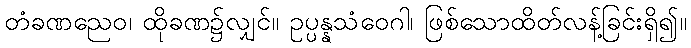
တံခဏညေဝ၊ ထိုခဏ၌လျှင်။ ဥပ္ပန္နသံဝေဂါ၊ ဖြစ်သောထိတ်လန့်ခြင်းရှိ၍။